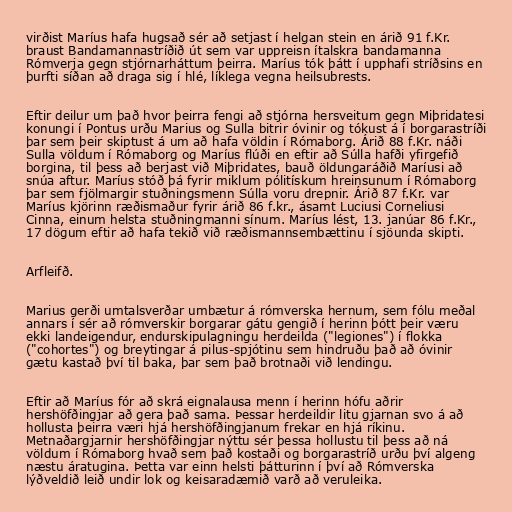
virðist Maríus hafa hugsað sér að setjast í helgan stein en árið 91 f.Kr.
braust Bandamannastríðið út sem var uppreisn ítalskra bandamanna
Rómverja gegn stjórnarháttum þeirra. Maríus tók þátt í upphafi stríðsins en
þurfti síðan að draga sig í hlé, líklega vegna heilsubrests.

Eftir deilur um það hvor þeirra fengi að stjórna hersveitum gegn Miþridatesi
konungi í Pontus urðu Marius og Sulla bitrir óvinir og tókust á í borgarastríði
þar sem þeir skiptust á um að hafa völdin í Rómaborg. Árið 88 f.Kr. náði
Sulla völdum í Rómaborg og Maríus flúði en eftir að Súlla hafði yfirgefið
borgina, til þess að berjast við Miþridates, bauð öldungaráðið Maríusi að
snúa aftur. Maríus stóð þá fyrir miklum pólitískum hreinsunum í Rómaborg
þar sem fjölmargir stuðningsmenn Súlla voru drepnir. Árið 87 f.Kr. var
Maríus kjörinn ræðismaður fyrir árið 86 f.kr., ásamt Luciusi Corneliusi
Cinna, einum helsta stuðningmanni sínum. Maríus lést, 13. janúar 86 f.Kr.,
17 dögum eftir að hafa tekið við ræðismannsembættinu í sjöunda skipti.

Arfleifð.

Marius gerði umtalsverðar umbætur á rómverska hernum, sem fólu meðal
annars í sér að rómverskir borgarar gátu gengið í herinn þótt þeir væru
ekki landeigendur, endurskipulagningu herdeilda ("legiones") í flokka
("cohortes") og breytingar á pilus-spjótinu sem hindruðu það að óvinir
gætu kastað því til baka, þar sem það brotnaði við lendingu.

Eftir að Maríus fór að skrá eignalausa menn í herinn hófu aðrir
hershöfðingjar að gera það sama. Þessar herdeildir litu gjarnan svo á að
hollusta þeirra væri hjá hershöfðingjanum frekar en hjá ríkinu.
Metnaðargjarnir hershöfðingjar nýttu sér þessa hollustu til þess að ná
völdum í Rómaborg hvað sem það kostaði og borgarastríð urðu því algeng
næstu áratugina. Þetta var einn helsti þátturinn í því að Rómverska
lýðveldið leið undir lok og keisaradæmið varð að veruleika.